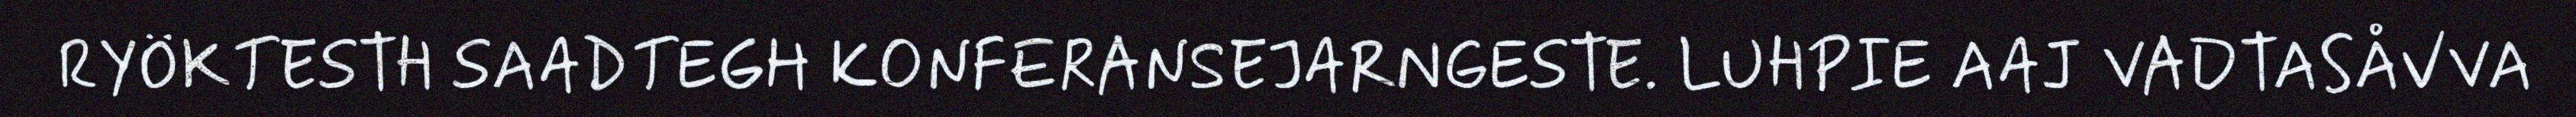
RYÖKTESTH SAADTEGH KONFERANSEJARNGESTE. LUHPIE AAJ VADTASÅVVA